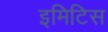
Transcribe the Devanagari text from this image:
इमिटिस